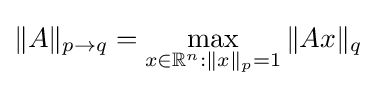
\|A\|_{p\to q}=\max _{x\in \mathbb {R} ^{n}:\|x\|_{p}=1}\|Ax\|_{q}